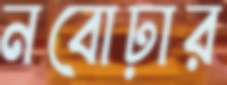
নবোঢ়ার